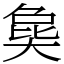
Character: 㚟